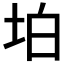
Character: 𡊚